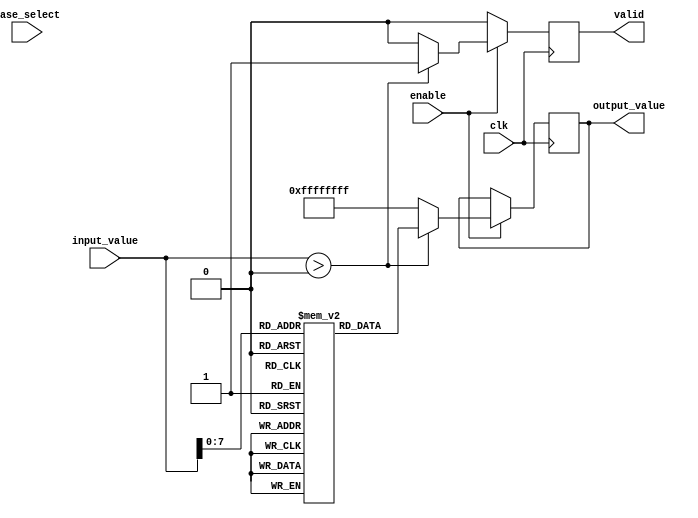
module LogarithmFunctionGenerator (
    input wire clk,
    input wire enable,
    input wire [31:0] input_value, // Assuming 32-bit fixed-point representation
    input wire [1:0] base_select,   // 00: base 2, 01: base 10, 10: natural log
    output reg [31:0] output_value,  // 32-bit output for the logarithm result
    output reg valid                 // Signal indicating output is valid
);

    // Internal signals
    reg [31:0] log_result;
    reg [31:0] log_base;
    reg [31:0] temp_value;

    // Lookup table for logarithm values (base 2, base 10, natural log)
    reg [31:0] log_table [0:255]; // Example size, adjust as needed

    initial begin
        // Initialize the logarithm lookup table (example values)
        // log_table[i] = log(i) for i = 0 to 255
        // This should be filled with actual logarithm values
        log_table[0] = 32'hFFFFFFFF; // log(0) is undefined
        log_table[1] = 32'h00000000; // log(1) = 0
        // Fill in other values...
    end

    always @(posedge clk) begin
        if (enable) begin
            // Input conditioning
            if (input_value > 0) begin
                // Select the logarithm base
                case (base_select)
                    2'b00: log_base = 32'h00000001; // Base 2
                    2'b01: log_base = 32'h0000000A; // Base 10
                    2'b10: log_base = 32'h0000000E; // Natural log (base e)
                    default: log_base = 32'h00000001; // Default to base 2
                endcase

                // Logarithm calculation using lookup table
                // This is a simplified example; actual implementation may vary
                temp_value = input_value[7:0]; // Use lower 8 bits for lookup
                log_result = log_table[temp_value];

                // Scale the result based on the logarithm base
                // This is a placeholder; actual scaling logic will depend on the base
                output_value = log_result; // Placeholder for actual scaling logic

                // Set valid signal
                valid <= 1'b1;
            end else begin
                // Handle invalid input (e.g., input <= 0)
                output_value <= 32'hFFFFFFFF; // Indicate error
                valid <= 1'b0;
            end
        end else begin
            valid <= 1'b0; // Reset valid signal when not enabled
        end
    end

endmodule